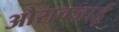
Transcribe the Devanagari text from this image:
औराक्ज़ाई